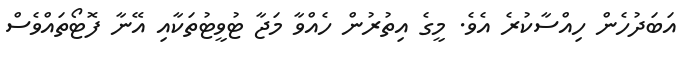
އަބަދުހެން ހިއްސާކުރެ އެވެ. މީގެ އިތުރުން ހެއްވާ މަޖާ ޓުވީޓުތަކާއި އޭނާ ފޮޓޯތައްވެސް